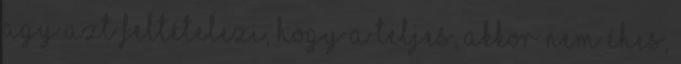
agy azt feltételezi, hogy a teljes, akkor nem éhes,